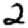
Digit: 2